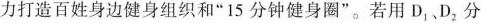
力打造百姓身边健身组织和”15分钟健身圈”。若用D_{1}D_{2}，分